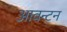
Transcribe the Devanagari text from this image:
आवन्टन